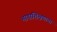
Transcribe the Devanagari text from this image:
भाषाशिक्षणाचा